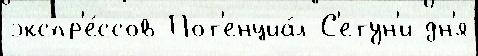
экспр'е́ссов Пот'енциа́л С'етун'и дн'я